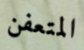
المتعفن